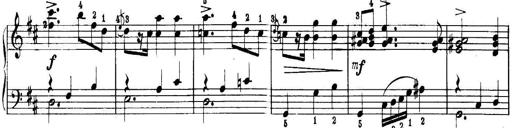
Title: Quatres sonatines
Composer: Tadeusz Joteyko